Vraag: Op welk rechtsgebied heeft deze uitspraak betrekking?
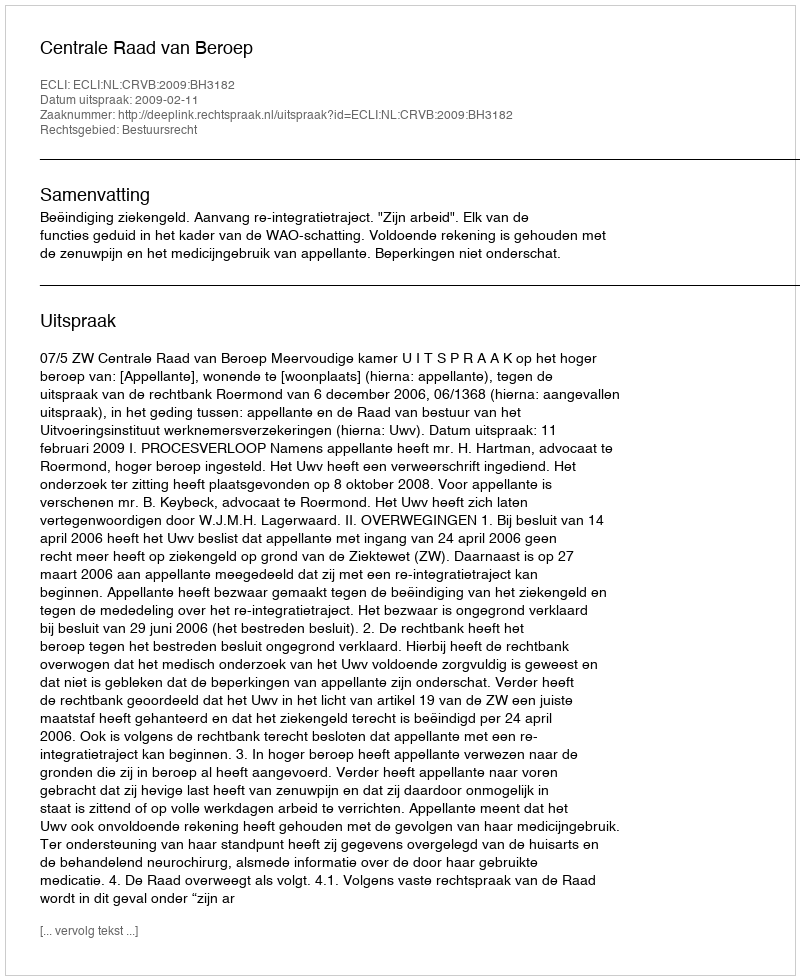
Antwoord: Bestuursrecht